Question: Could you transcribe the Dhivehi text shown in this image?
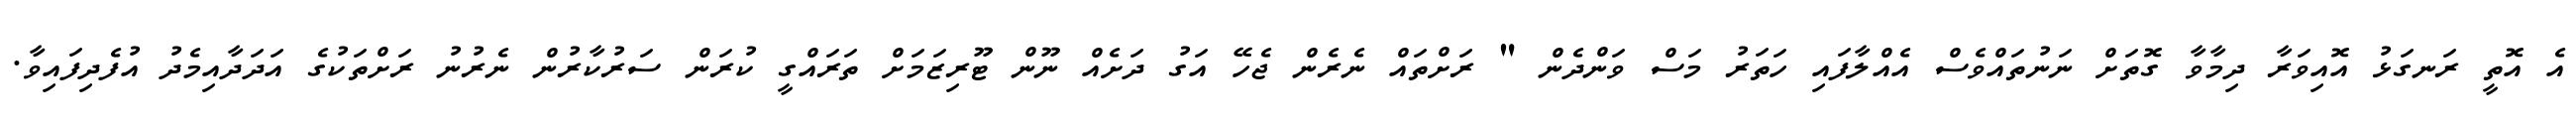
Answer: އެ އޮތީ ރަނގަޅު އޮއިވަރާ ދިމާވާ ގޮތަށް ނަނުތައްވެސް އެއްލާފައި ހަތަރު މަސް ވަންދެން " ރަށްތައް ނެރެން ޖެހޭ އަގު ދަށެއް ނޫން ޓޫރިޒަމަށް ތަރައްގީ ކުރަން ސަރުކާރުން ނެރުނު ރަށްތަކުގެ އަދަދާއިމެދު އުފެދިފައިވާ.